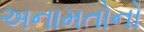
અનામતોનો